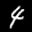
Label: 4